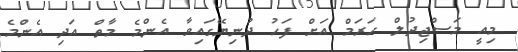
މިއީ މަސްޖިދުލް ހަރަމް އަށް ފަހު ދުނިޔޭގައިވާ އެންމެ މާތް އަދި އެންމެ